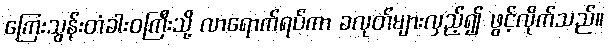
ကြေးသွန်းတံခါးဝကြီးသို့ လာရောက်ရပ်ကာ ခလုတ်များလှည့်၍ ဖွင့်လိုက်သည်။